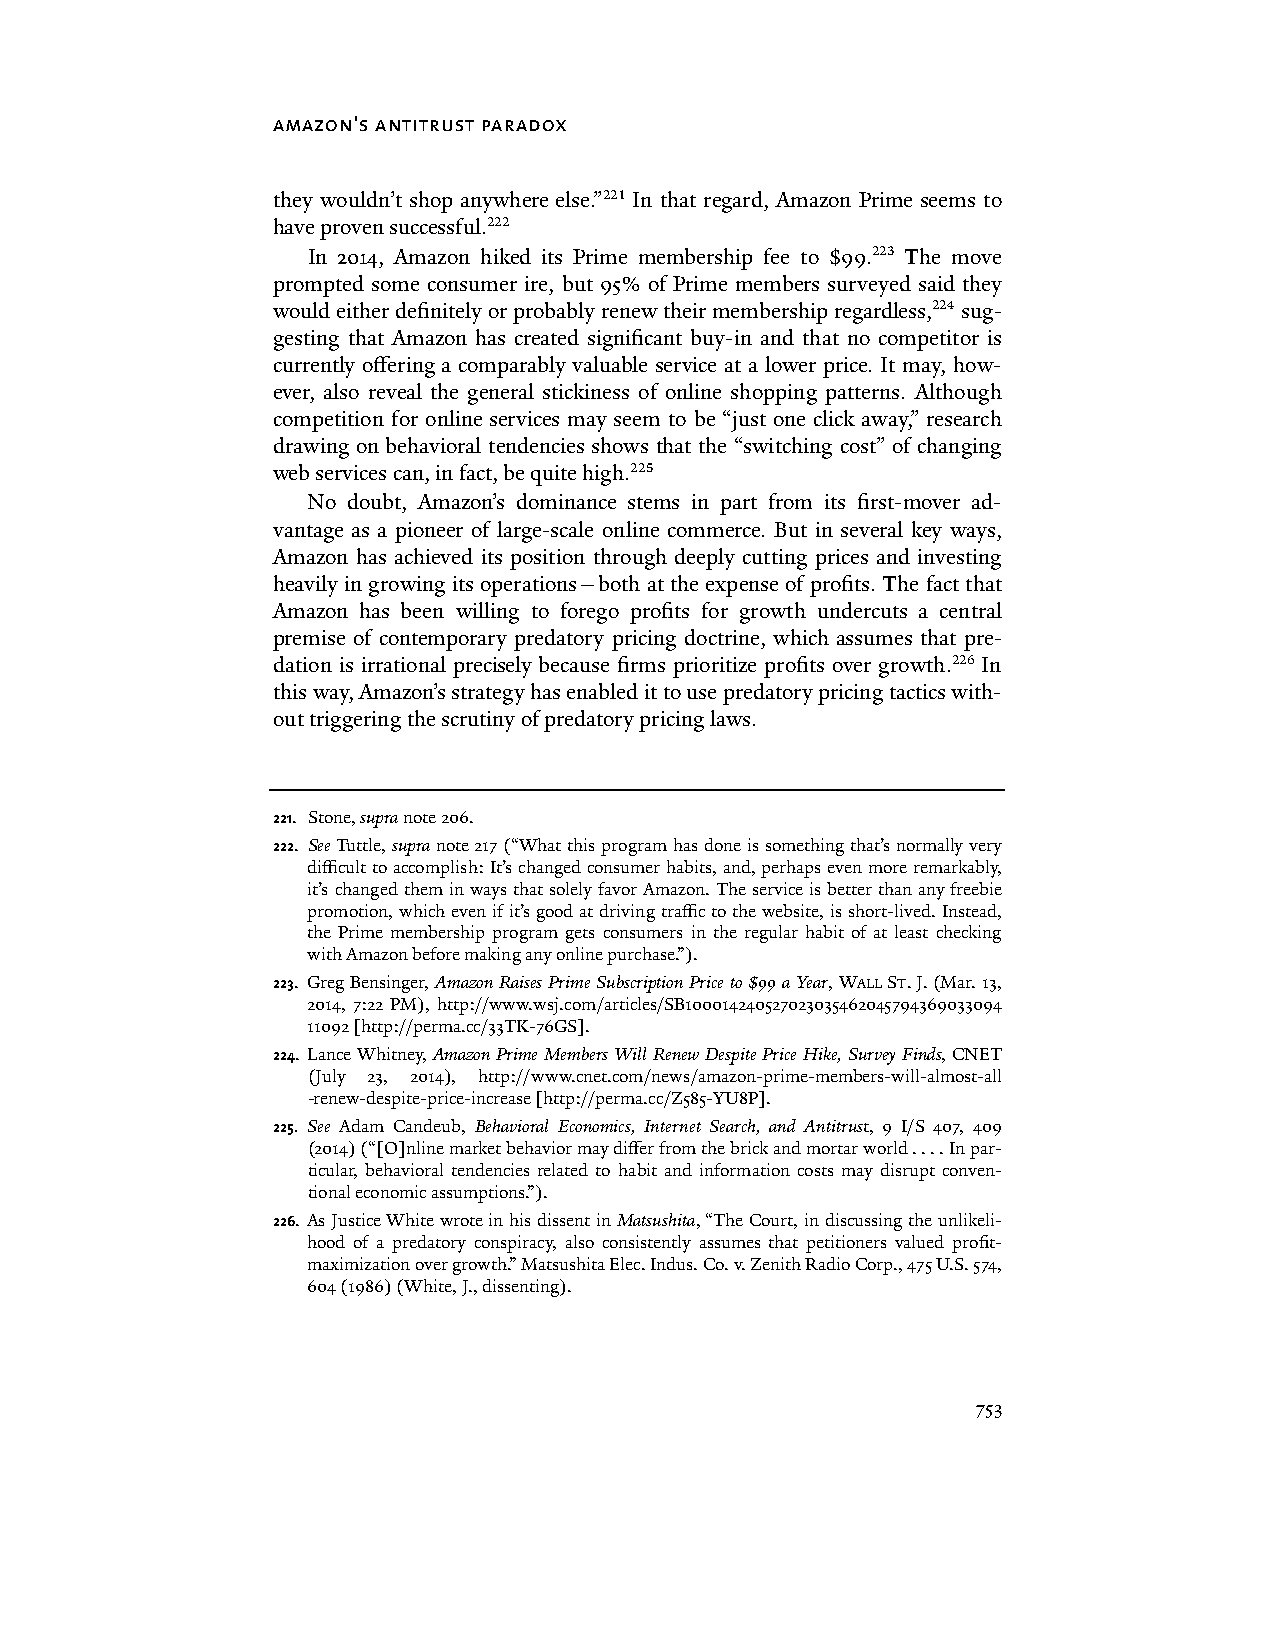
amazon's antitrust paradox
 they wouldn’t shop anywhere else.”221 In that regard, Amazon Prime seems to
 have proven successful.222
 In 2014, Amazon hiked its Prime membership fee to $99.223 The move
 prompted some consumer ire, but 95% of Prime members surveyed said they
 would either definitely or probably renew their membership regardless,224 sug-
 gesting that Amazon has created significant buy-in and that no competitor is
 currently offering a comparably valuable service at a lower price. It may, how-
 ever, also reveal the general stickiness of online shopping patterns. Although
 competition for online services may seem to be “just one click away,” research
 drawing on behavioral tendencies shows that the “switching cost” of changing
 web services can, in fact, be quite high.225
 No doubt, Amazon’s dominance stems in part from its first-mover ad-
 vantage as a pioneer of large-scale online commerce. But in several key ways,
 Amazon has achieved its position through deeply cutting prices and investing
 heavily in growing its operations—both at the expense of profits. The fact that
 Amazon has been willing to forego profits for growth undercuts a central
 premise of contemporary predatory pricing doctrine, which assumes that pre-
 dation is irrational precisely because firms prioritize profits over growth.226 In
 this way, Amazon’s strategy has enabled it to use predatory pricing tactics with-
 out triggering the scrutiny of predatory pricing laws.
 221. Stone, supra note 206.
 222. See Tuttle, supra note 217 (“What this program has done is something that’s normally very
 difficult to accomplish: It’s changed consumer habits, and, perhaps even more remarkably,
 it’s changed them in ways that solely favor Amazon. The service is better than any freebie
 promotion, which even if it’s good at driving traffic to the website, is short-lived. Instead,
 the Prime membership program gets consumers in the regular habit of at least checking
 with Amazon before making any online purchase.”).
 223. Greg Bensinger, Amazon Raises Prime Subscription Price to $99 a Year, WALL ST. J. (Mar. 13,
 2014, 7:22 PM), http://www.wsj.com/articles/SB100014240527023035462045794369033094
 11092 [http://perma.cc/33TK-76GS].
 224. Lance Whitney, Amazon Prime Members Will Renew Despite Price Hike, Survey Finds, CNET
 (July 23, 2014), http://www.cnet.com/news/amazon-prime-members-will-almost-all
 -renew-despite-price-increase [http://perma.cc/Z585-YU8P].
 225. See Adam Candeub, Behavioral Economics, Internet Search, and Antitrust, 9 I/S 407, 409
 (2014) (“[O]nline market behavior may differ from the brick and mortar world . . . . In par-
 ticular, behavioral tendencies related to habit and information costs may disrupt conven-
 tional economic assumptions.”).
 226. As Justice White wrote in his dissent in Matsushita, “The Court, in discussing the unlikeli-
 hood of a predatory conspiracy, also consistently assumes that petitioners valued profit-
 maximization over growth.” Matsushita Elec. Indus. Co. v. Zenith Radio Corp., 475 U.S. 574,
 604 (1986) (White, J., dissenting).
 753